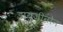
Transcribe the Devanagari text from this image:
डायज़ीनोन